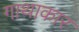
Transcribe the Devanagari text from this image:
गाथाकार